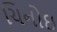
ચિનોઇ